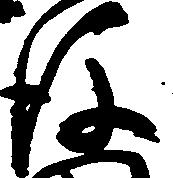
後